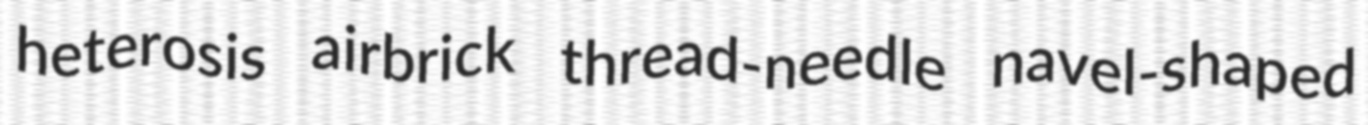
heterosis airbrick thread-needle navel-shaped